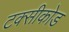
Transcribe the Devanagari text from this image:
टक्सीकोड